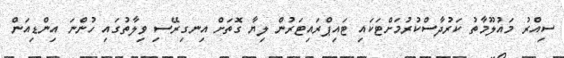
ސިއްރު މައުލޫމާތު ކަރުދާސްކުރުމަށްޓަކައި ޓައިޕްރައިޓަރުން ލިޔާ ގޮތަށް އިނގިރޭސި ވިލާތުގައި ހުންނަ އިންޑިއަން